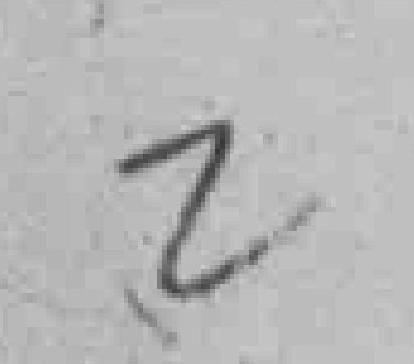
2